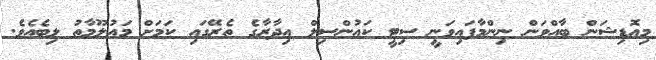
މިއޮޑިޝަން ބާއްވަން ނިންމާފައިވަނީ ސިޓީ ކައުންސިލް އިދާރާގެ ތެރޭގައި ކަަމަށް މައުލޫމާތު ލިބެއެވެ.